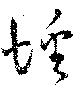
蟠